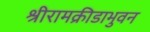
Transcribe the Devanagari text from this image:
श्रीरामक्रीडाभुवन